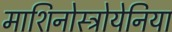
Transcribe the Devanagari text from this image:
माशिनोस्त्रोयेनिया